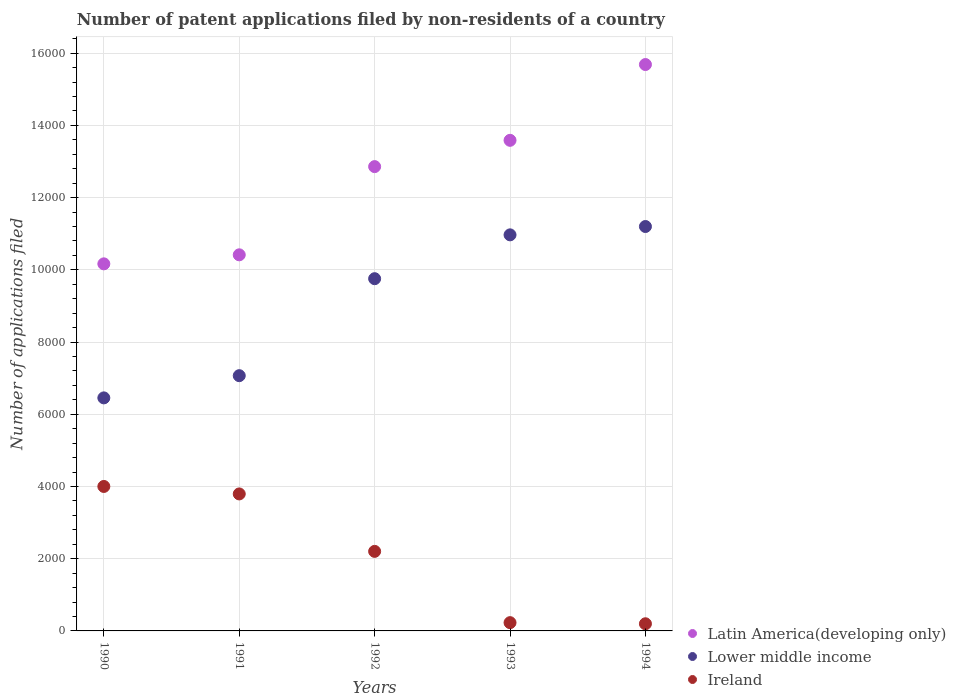
| Years | Latin America(developing only) | Lower middle income | Ireland |
 | --- | --- | --- | --- |
 | 1990 | 1.02e+04 | 6.45e+03 | 4e+03 |
 | 1991 | 1.04e+04 | 7.07e+03 | 3.79e+03 |
 | 1992 | 1.29e+04 | 9.76e+03 | 2.2e+03 |
 | 1993 | 1.36e+04 | 1.1e+04 | 229 |
 | 1994 | 1.57e+04 | 1.12e+04 | 198 |